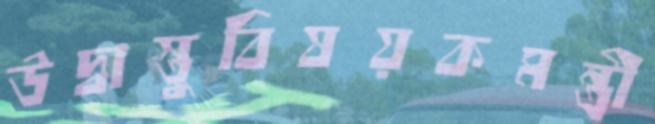
উদ্বাস্তুবিষয়কমন্ত্রী